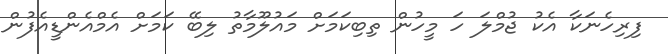
ފިރިހެނަކާ އެކު ޖުމްލަ ހަ މީހުން ތިބިކަމަށް މައުލޫމާތު ލިބޭ ކަމަށް އެމްއެންޑީއެފުން